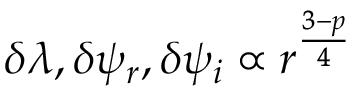
\delta \lambda , \delta \psi _ { r } , \delta \psi _ { i } \propto r ^ { \frac { 3 - p } { 4 } }